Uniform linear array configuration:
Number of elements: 4
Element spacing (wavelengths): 0.5
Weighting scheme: cosine
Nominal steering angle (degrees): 45
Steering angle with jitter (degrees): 46.487
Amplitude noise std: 0.05
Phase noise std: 0.05

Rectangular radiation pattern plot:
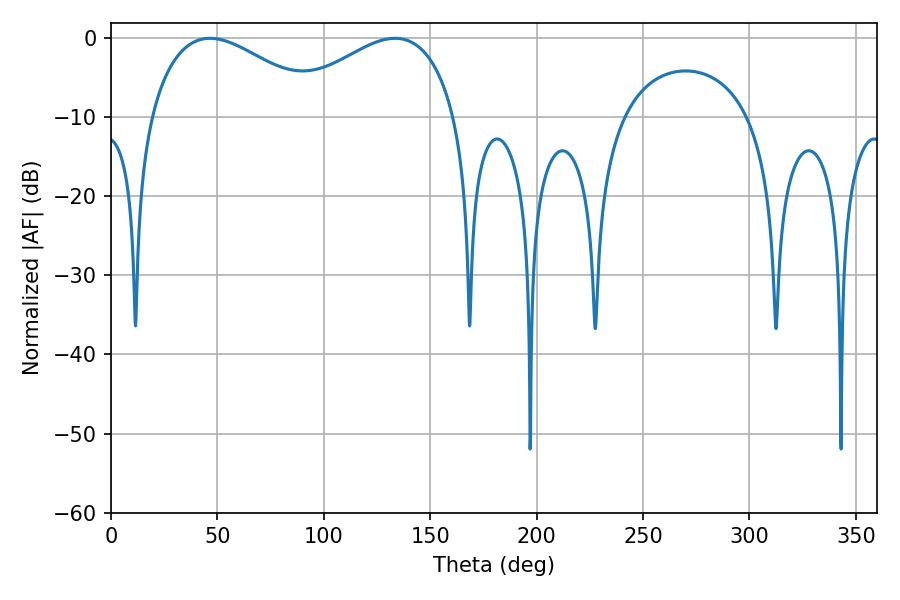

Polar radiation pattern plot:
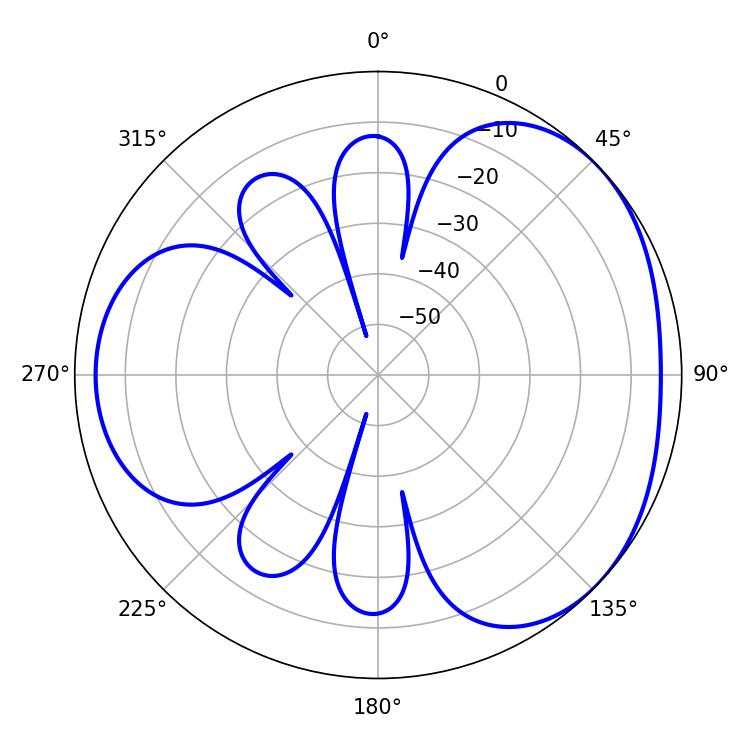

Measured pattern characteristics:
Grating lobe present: FALSE
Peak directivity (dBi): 3.345
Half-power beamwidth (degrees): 45
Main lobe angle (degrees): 46.62